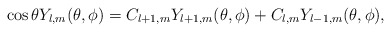
\begin{align*}\cos{\theta} Y_{l,m}(\theta,\phi) = C_{l+1,m} Y_{l+1,m}(\theta,\phi) + C_{l,m} Y_{l-1,m}(\theta,\phi),\end{align*}